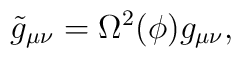
\tilde{g}_{\mu\nu} = \Omega^2(\phi)g_{\mu\nu} ,